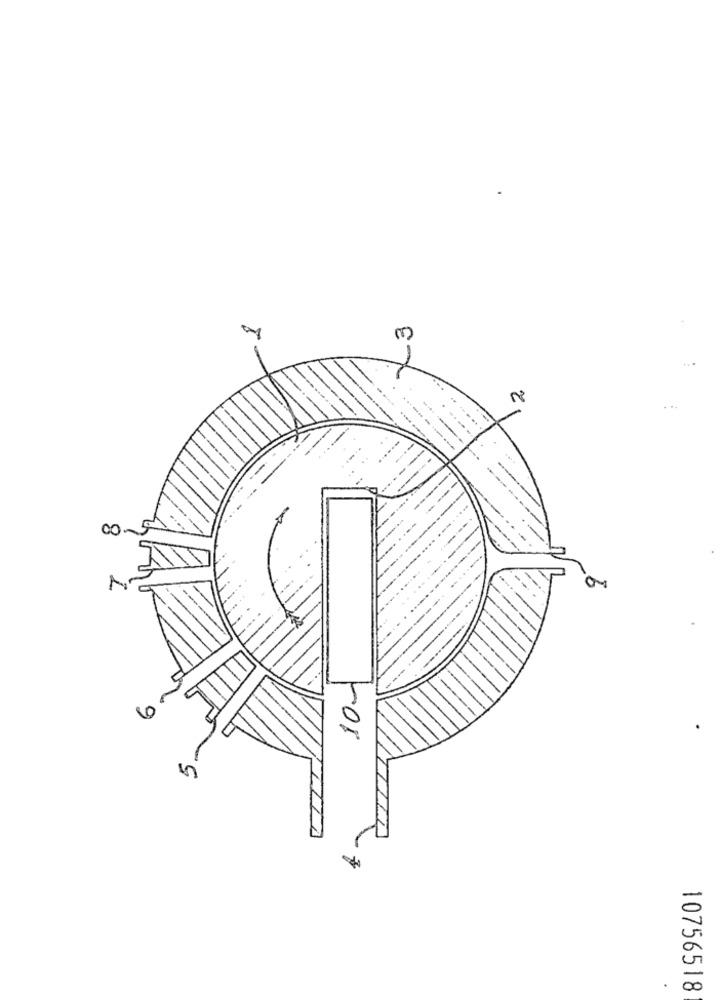
00
II
10.
.
10756518